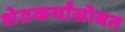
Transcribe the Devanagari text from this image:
शेतकर्यांसोबत